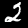
Label: 2